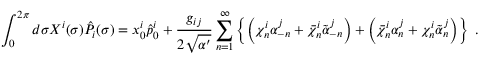
\int _ { 0 } ^ { 2 \pi } d \sigma X ^ { i } ( \sigma ) \hat { P } _ { i } ( \sigma ) = x _ { 0 } ^ { i } \hat { p } _ { 0 } ^ { i } + \frac { g _ { i j } } { 2 \sqrt { \alpha ^ { \prime } } } \sum _ { n = 1 } ^ { \infty } \left\{ \left( \chi _ { n } ^ { i } \alpha _ { - n } ^ { j } + \bar { \chi } _ { n } ^ { i } \tilde { \alpha } _ { - n } ^ { j } \right) + \left( \bar { \chi } _ { n } ^ { i } \alpha _ { n } ^ { j } + \chi _ { n } ^ { i } \tilde { \alpha } _ { n } ^ { j } \right) \right\} ~ .